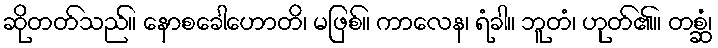
ဆိုတတ်သည်။ နောစခေါဟောတိ၊ မဖြစ်။ ကာလေန၊ ရံခါ။ ဘူတံ၊ ဟုတ်၏။ တစ္ဆံ၊